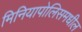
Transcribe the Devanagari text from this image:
मिनियापोलिसमधील